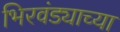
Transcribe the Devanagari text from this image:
भिरवंड्याच्या